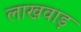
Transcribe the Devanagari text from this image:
लाखवाड़